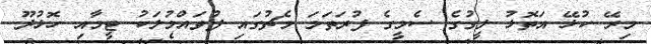
މިރޭ ކުޅޭ އަތޮޅު ލީގުގެ ސެމީގެ ފުރަތަމަ މެޗުގައި ފުވައްމުލަކު ޓީމާއި ހޮޅުދޫ